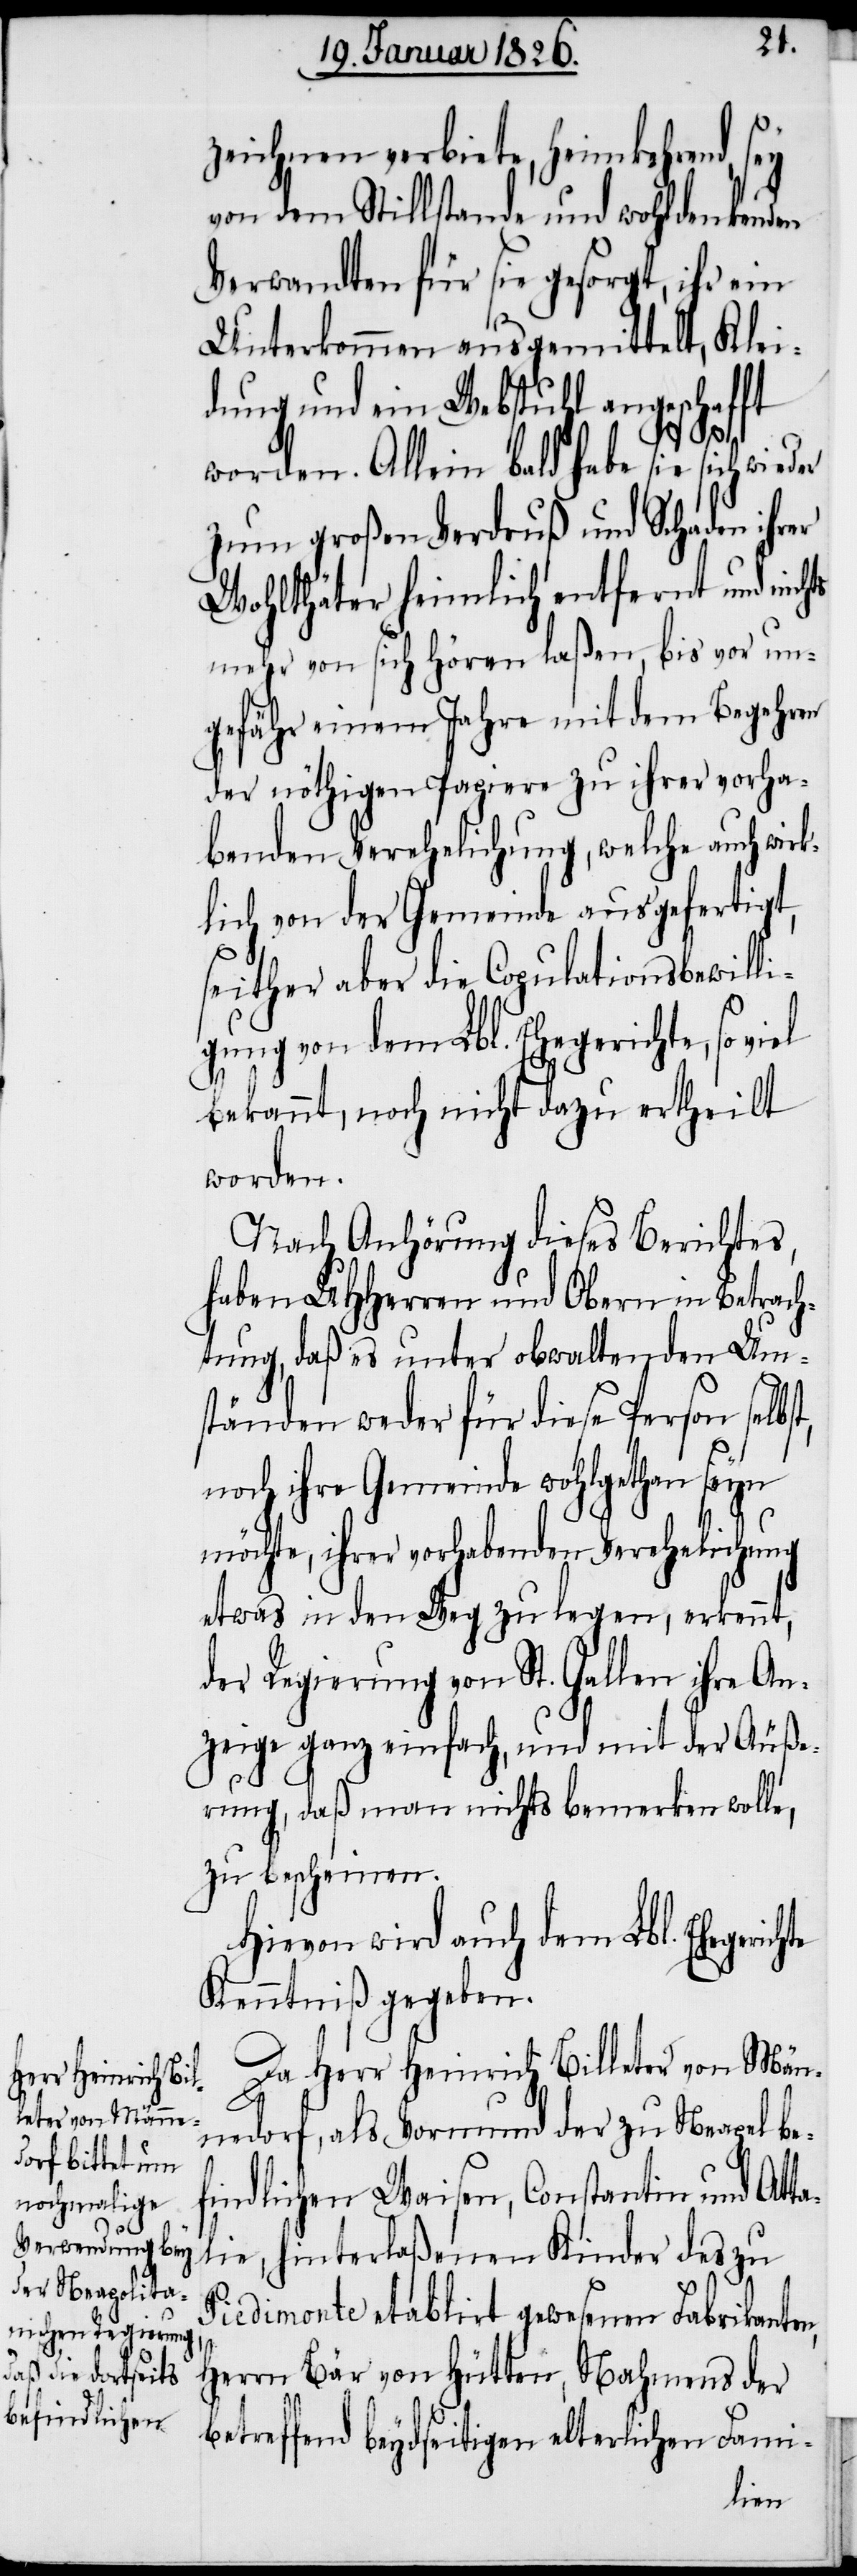
zeichnen verbiete, heimkehrend, sey
von dem Stillstande und wohldenkenden
Verwandten für sie gesorgt, ihr ein
Unterkommen ausgemittelt, Klei¬
dung und ein Webstuhl angeschafft
a¬
worden. Allein bald habe sie sich wieder
zum großen Verdruß und Schaden ihrer
Wohlthäter heimlich entfernt und nich¬
mehr von sich hören laßen, bis vor un¬
gefähr einem Jahre mit dem Begehren
der nöthigen Papiere zu ihrer vorha¬
benden Verehelichung, welche auch wir¬
klich von der Gemeinde ausgefertigt,
seither aber die Copulationsbewilli¬
gung von dem Lbl. Ehegerichte, so
bekannt, noch nicht dazu ertheilt
worden.
Nach Anhörung dieses Berichtes,
haben UHHerren und Obern in Betrach¬
tung, daß es unter obwaltenden Um¬
ständen weder für diese Person selbs¬
noch ihre Gemeinde wohlgethan seyn
möchte, ihrer vorhabenden Verehelichung
etwas in den Weg zu legen, erkennt,
der Regierung von St. Gallen ihre An¬
zeige ganz einfach, und mit der Äuße¬
rung, daß man nichts bemerken wolle,
zu bescheinen.
Hievon wird auch dem Lbl. Ehegeric¬
Kenntniß gegeben.
Da Herr Heinrich Billeter von Män¬
nedorf, als Vormund der zu Neapel be¬
findlichen Waisen, Constantin und Att¬
lie, hinterlaßenen Kinder des zu
Piedimonte etablirt gewesenen Fabrikanten,
Herrn Bär von Hütten, Nahmens der
betreffend beydseitigen elterlichen Fami-